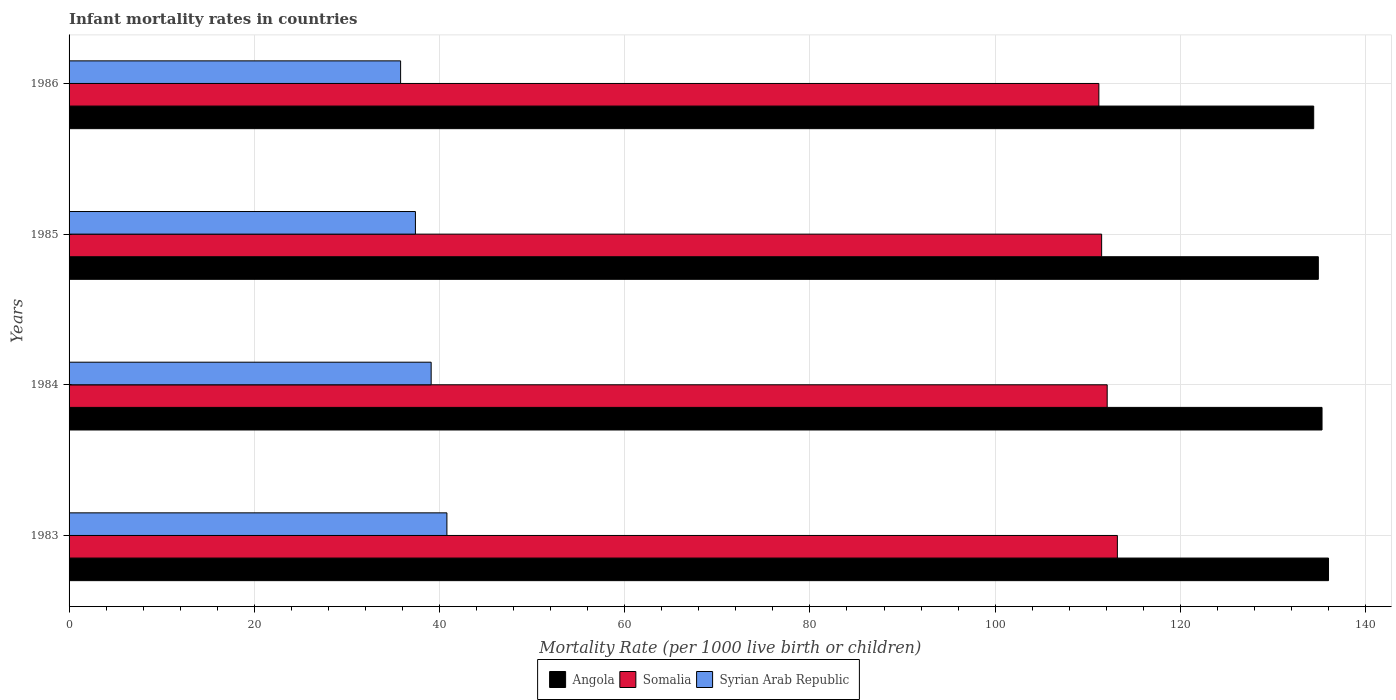
| Years | Angola | Somalia | Syrian Arab Republic |
 | --- | --- | --- | --- |
 | 1983 | 136 | 113 | 40.8 |
 | 1984 | 135 | 112 | 39.1 |
 | 1985 | 135 | 112 | 37.4 |
 | 1986 | 134 | 111 | 35.8 |